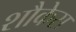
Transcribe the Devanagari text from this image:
शौकेस